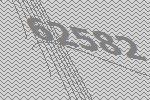
62582